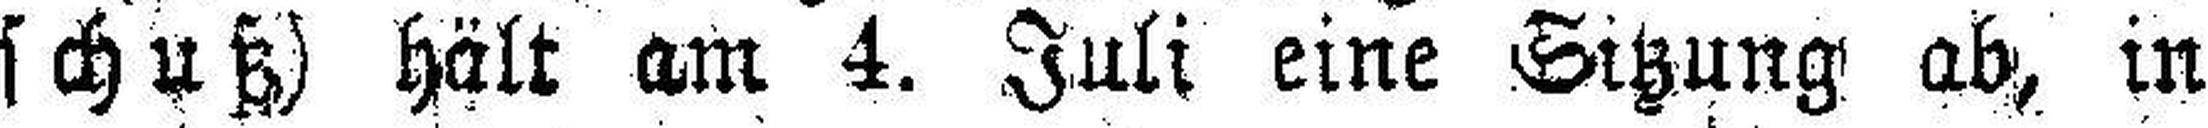
schuß) hält am 4. Juli eine Sitzung ab, in